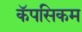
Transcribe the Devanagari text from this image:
कॅपसिकम